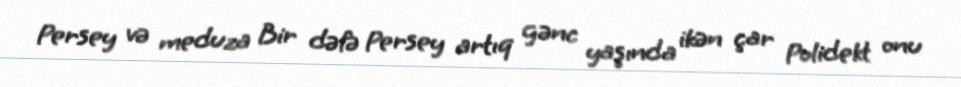
Persey və meduza Bir dəfə Persey artıq gənc yaşında ikən çar Polidekt onu